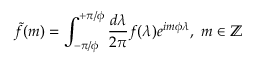
\tilde { f } ( m ) = \int _ { - \pi / \phi } ^ { + \pi / \phi } \frac { d \lambda } { 2 \pi } f ( \lambda ) e ^ { i m \phi \lambda } , ~ m \in \mathbb { Z }